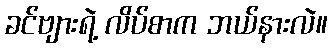
ခင်ဗျားရဲ့ လိပ်စာက ဘယ်နားလဲ။